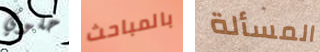
حلوي بالمباحث المسألة